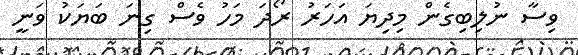
ވިސާ ނުލިބިގެން މިދިޔަ އަހަރު ރޯދަ މަހު ވެސް ގިނަ ބަޔަކު ވަނީ